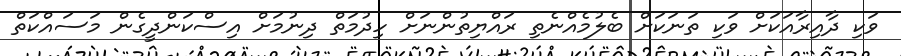
ވަކި ދާއިރާއަކަށް ވަކި ތަނަކަށް ބެލުމެއްނެތި ރައްޔިތުންނަށް ހިދުމަތް ދިނުމަށް އިސްކަންދީގެން މަސައްކަތް